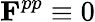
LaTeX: \mathbf{F}^{pp}\equiv 0